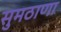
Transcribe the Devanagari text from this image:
सुमठाणा